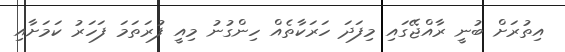
އިތުރަށް ބުނީ ރާއްޖޭގައި މިފަދަ ހަރަކާތެއް ހިންގުނު މިއީ ފުރަތަމަ ފަހަރު ކަމަށާއި